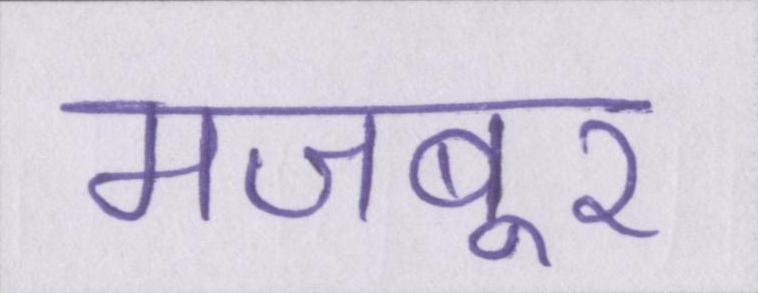
मजबूर